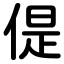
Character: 偍